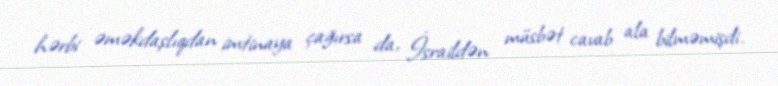
hərbi əməkdaşlıqdan imtinaya çağırsa da, İsraildən müsbət cavab ala bilməmişdi.